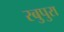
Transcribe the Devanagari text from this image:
रबुपुरा